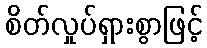
စိတ်လှုပ်ရှားစွာဖြင့်